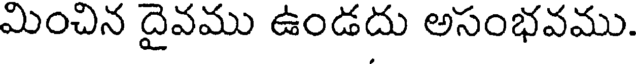
మించిన దైవము ఉండదు అసంభవము.